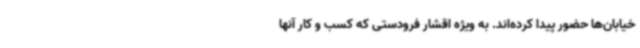
خیابان‌ها حضور پیدا کرده‌اند. به ویژه اقشار فرودستی که کسب و کار آنها